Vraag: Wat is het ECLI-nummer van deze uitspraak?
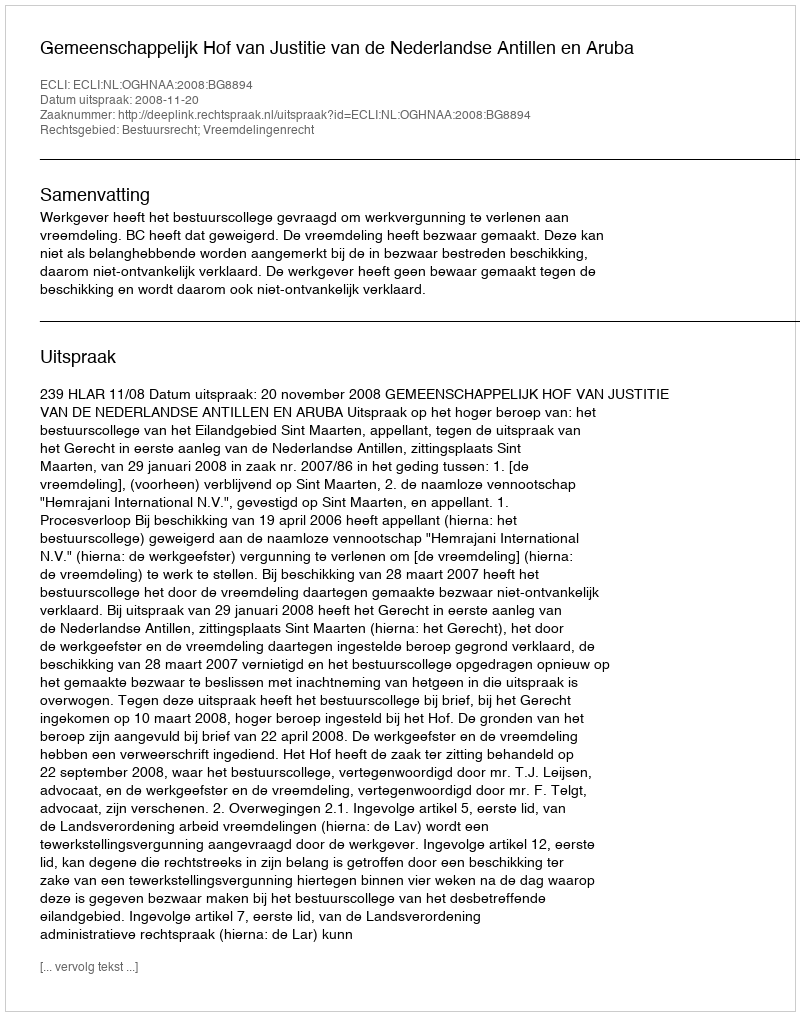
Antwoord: ECLI:NL:OGHNAA:2008:BG8894